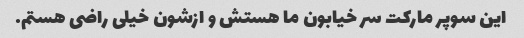
این سوپر مارکت سر خیابون ما هستش و ازشون خیلی راضی هستم.